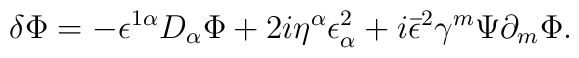
\delta\Phi=-\epsilon^{1\alpha}D_\alpha\Phi+2i\eta^\alpha\epsilon^2_\alpha+i\bar\epsilon^2\gamma^m\Psi\partial_m\Phi.